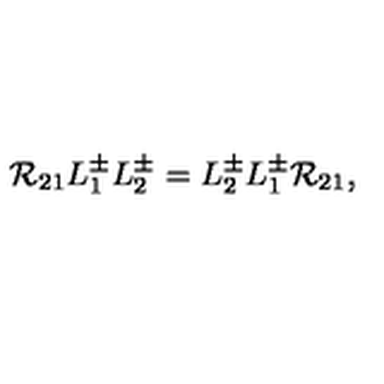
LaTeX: { \cal R } _ { 2 1 } L _ { 1 } ^ { \pm } L _ { 2 } ^ { \pm } = L _ { 2 } ^ { \pm } L _ { 1 } ^ { \pm } { \cal R } _ { 2 1 } ,